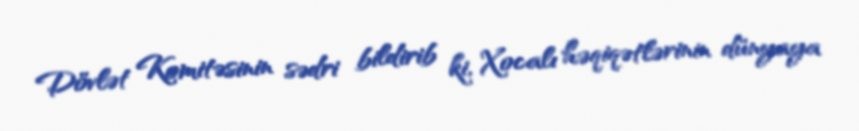
Dövlət Komitəsinin sədri bildirib ki, Xocalı həqiqətlərinin dünyaya